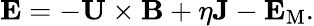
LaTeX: {\mathbf{E}}=-{\mathbf{U}}\times{\mathbf{B}}+\eta{\mathbf{J}}-{\mathbf{E}}_{\mathrm{{M}}}.